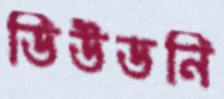
ডিউডনি